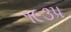
૧૯૩પ